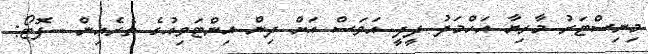
މިނިސްޓަރު މާރިޔާ އަހްމަދު ދީދީ އަވަސް އަށް ދިން އިންޓަވިއުގެ ތެރެއިން --ފޮޓޯ: